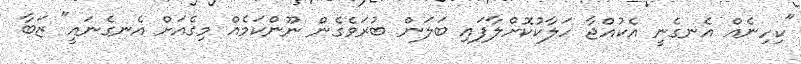
"ކިހިނެއް އެނގެނީ އެކުއްޖާ ހަލާކުކޮށްލާފައި ބަލަން ބުރަވެގެން ނޫންކަމެއް މިގެއަށް އެނގެނައީ" ޒަބާ